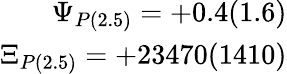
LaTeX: \begin{array}{r}{\Psi_{P\mathrm{(2.5)}}=+0.4(1.6)}\\ {\Xi_{P\mathrm{(2.5)}}=+23470(1410)}\end{array}